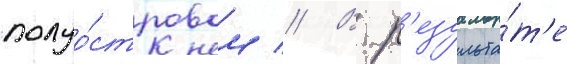
полуо́стровом // В р'езульта́т'е